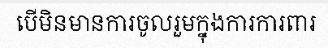
បើមិនមានការចូលរួមក្នុងការការពារ